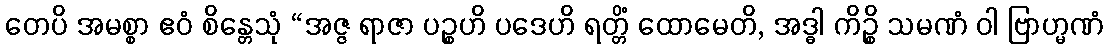
တေပိ အမစ္စာ ဧဝံ စိန္တေသုံ “အဇ္ဇ ရာဇာ ပဉ္စဟိ ပဒေဟိ ရတ္တိံ ထောမေတိ, အဒ္ဓါ ကိဉ္စိ သမဏံ ဝါ ဗြာဟ္မဏံ